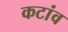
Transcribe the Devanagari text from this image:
कटांव